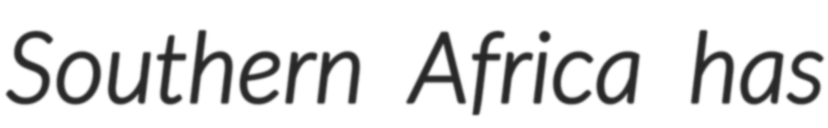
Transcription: Southern Africa has